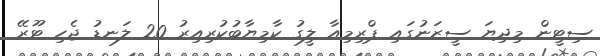
ސިޓީން މިދިޔަ ސީޒަނުގައި ޕްރިމިއާ ލީގު ކާމިޔާބުކުރިއިރު 20 ލަނޑު ޖެހި ޓޫރޭ